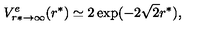
V _ { r * \to \infty } ^ { e } ( r ^ { * } ) \simeq 2 \exp ( - 2 \sqrt 2 r ^ { * } ) ,